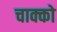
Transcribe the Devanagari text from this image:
चाक्को